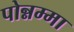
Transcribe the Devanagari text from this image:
पोन्नम्मा